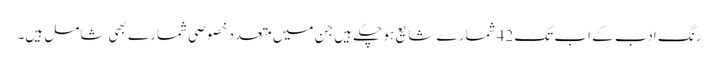
رنگِ ادب کے اب تک 42 شمارے شایع ہو چکے ہیں جن میں متعدد خصوصی شمارے بھی شامل ہیں۔